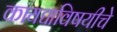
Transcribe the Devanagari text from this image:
कायद्याविषयीचे